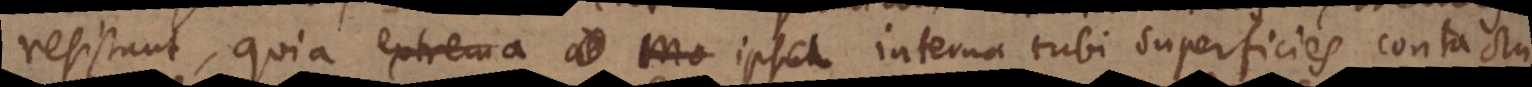
resistunt, quia extrema ad Mo ipsa interna tubi superficies contactu